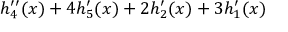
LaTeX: h _ { 4 } ^ { \prime \prime } ( x ) + 4 h _ { 5 } ^ { \prime } ( x ) + 2 h _ { 2 } ^ { \prime } ( x ) + 3 h _ { 1 } ^ { \prime } ( x )